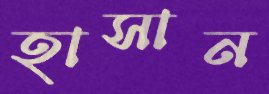
হাসান